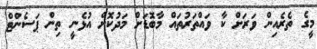
މީގެ ތެެރެއިން ވަރަށް ކާ ވައްތަރުތައް މާބޮޑަށް މަދުކޮށް އުޅެނީ ތިން ޕަސެންޓް